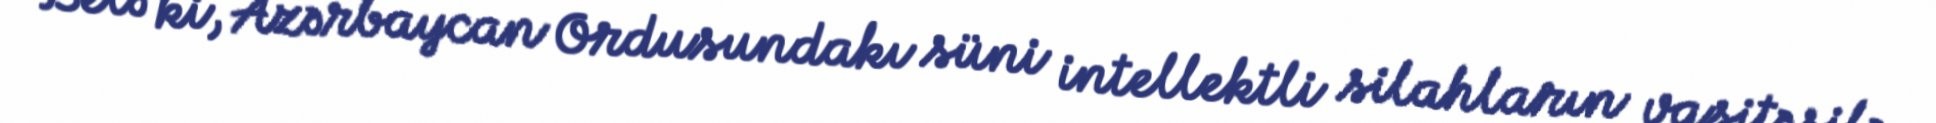
Belə ki, Azərbaycan Ordusundakı süni intellektli silahların vasitəsilə